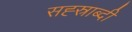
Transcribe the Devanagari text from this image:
सह्स्राब्दी